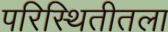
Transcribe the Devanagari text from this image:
परिस्थितीतला